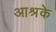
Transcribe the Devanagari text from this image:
आश्रके